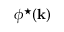
\phi ^ { \star } ( { \bf k } )